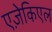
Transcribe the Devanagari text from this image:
एज़ेकिएल